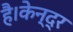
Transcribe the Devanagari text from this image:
है।केन्द्र